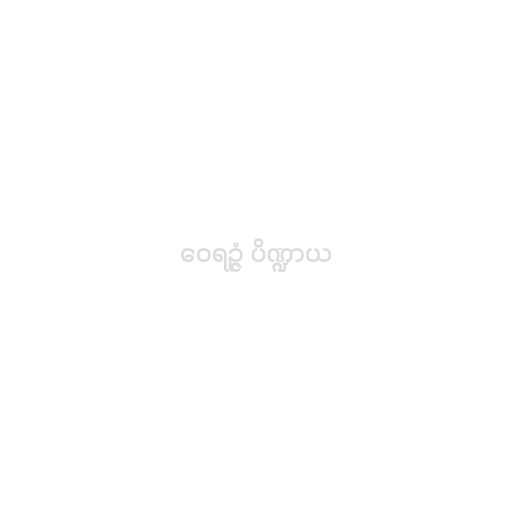
ဝေရဉ္ဇံ ပိဏ္ဍာယ